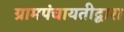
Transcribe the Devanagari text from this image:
ग्रामपंचायतीद्वारा